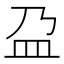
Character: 盁